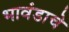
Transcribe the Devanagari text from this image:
भावंडाचे